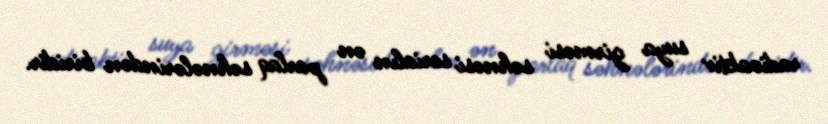
radioaktiv suya girməsi səhnəsi serialın ən parlaq səhnələrindən biridir.